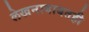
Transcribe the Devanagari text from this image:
लेखनाबाबतही